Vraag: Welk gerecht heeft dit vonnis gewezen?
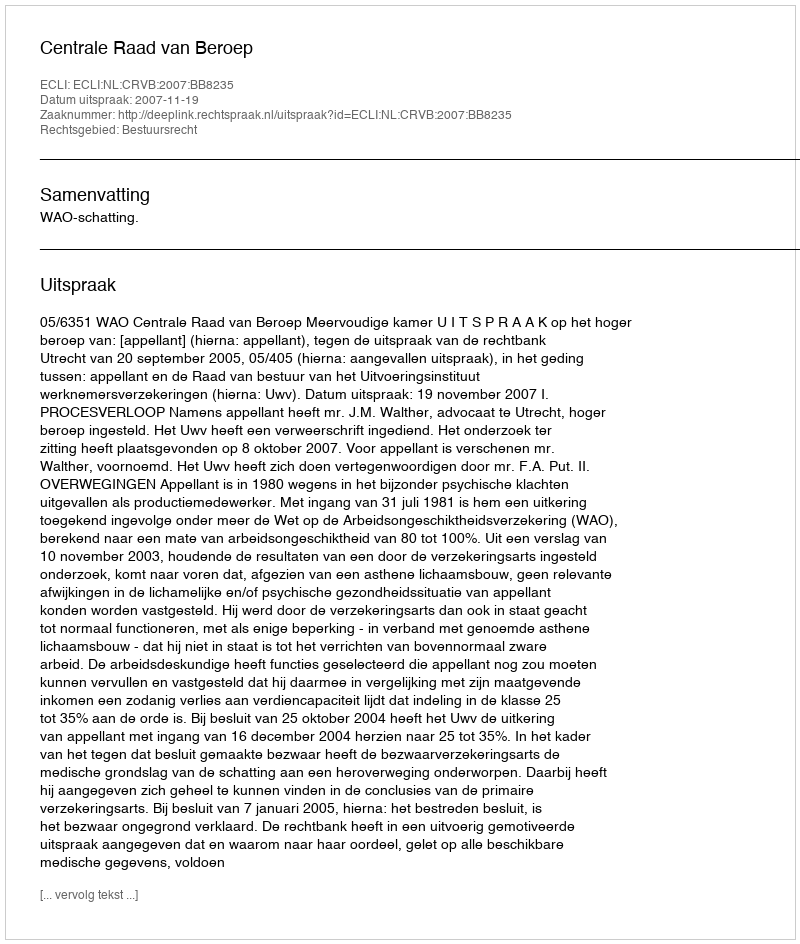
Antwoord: Centrale Raad van Beroep